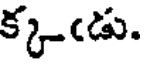
క్కఁడు.